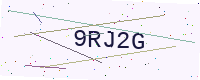
Text: 9RJ2G